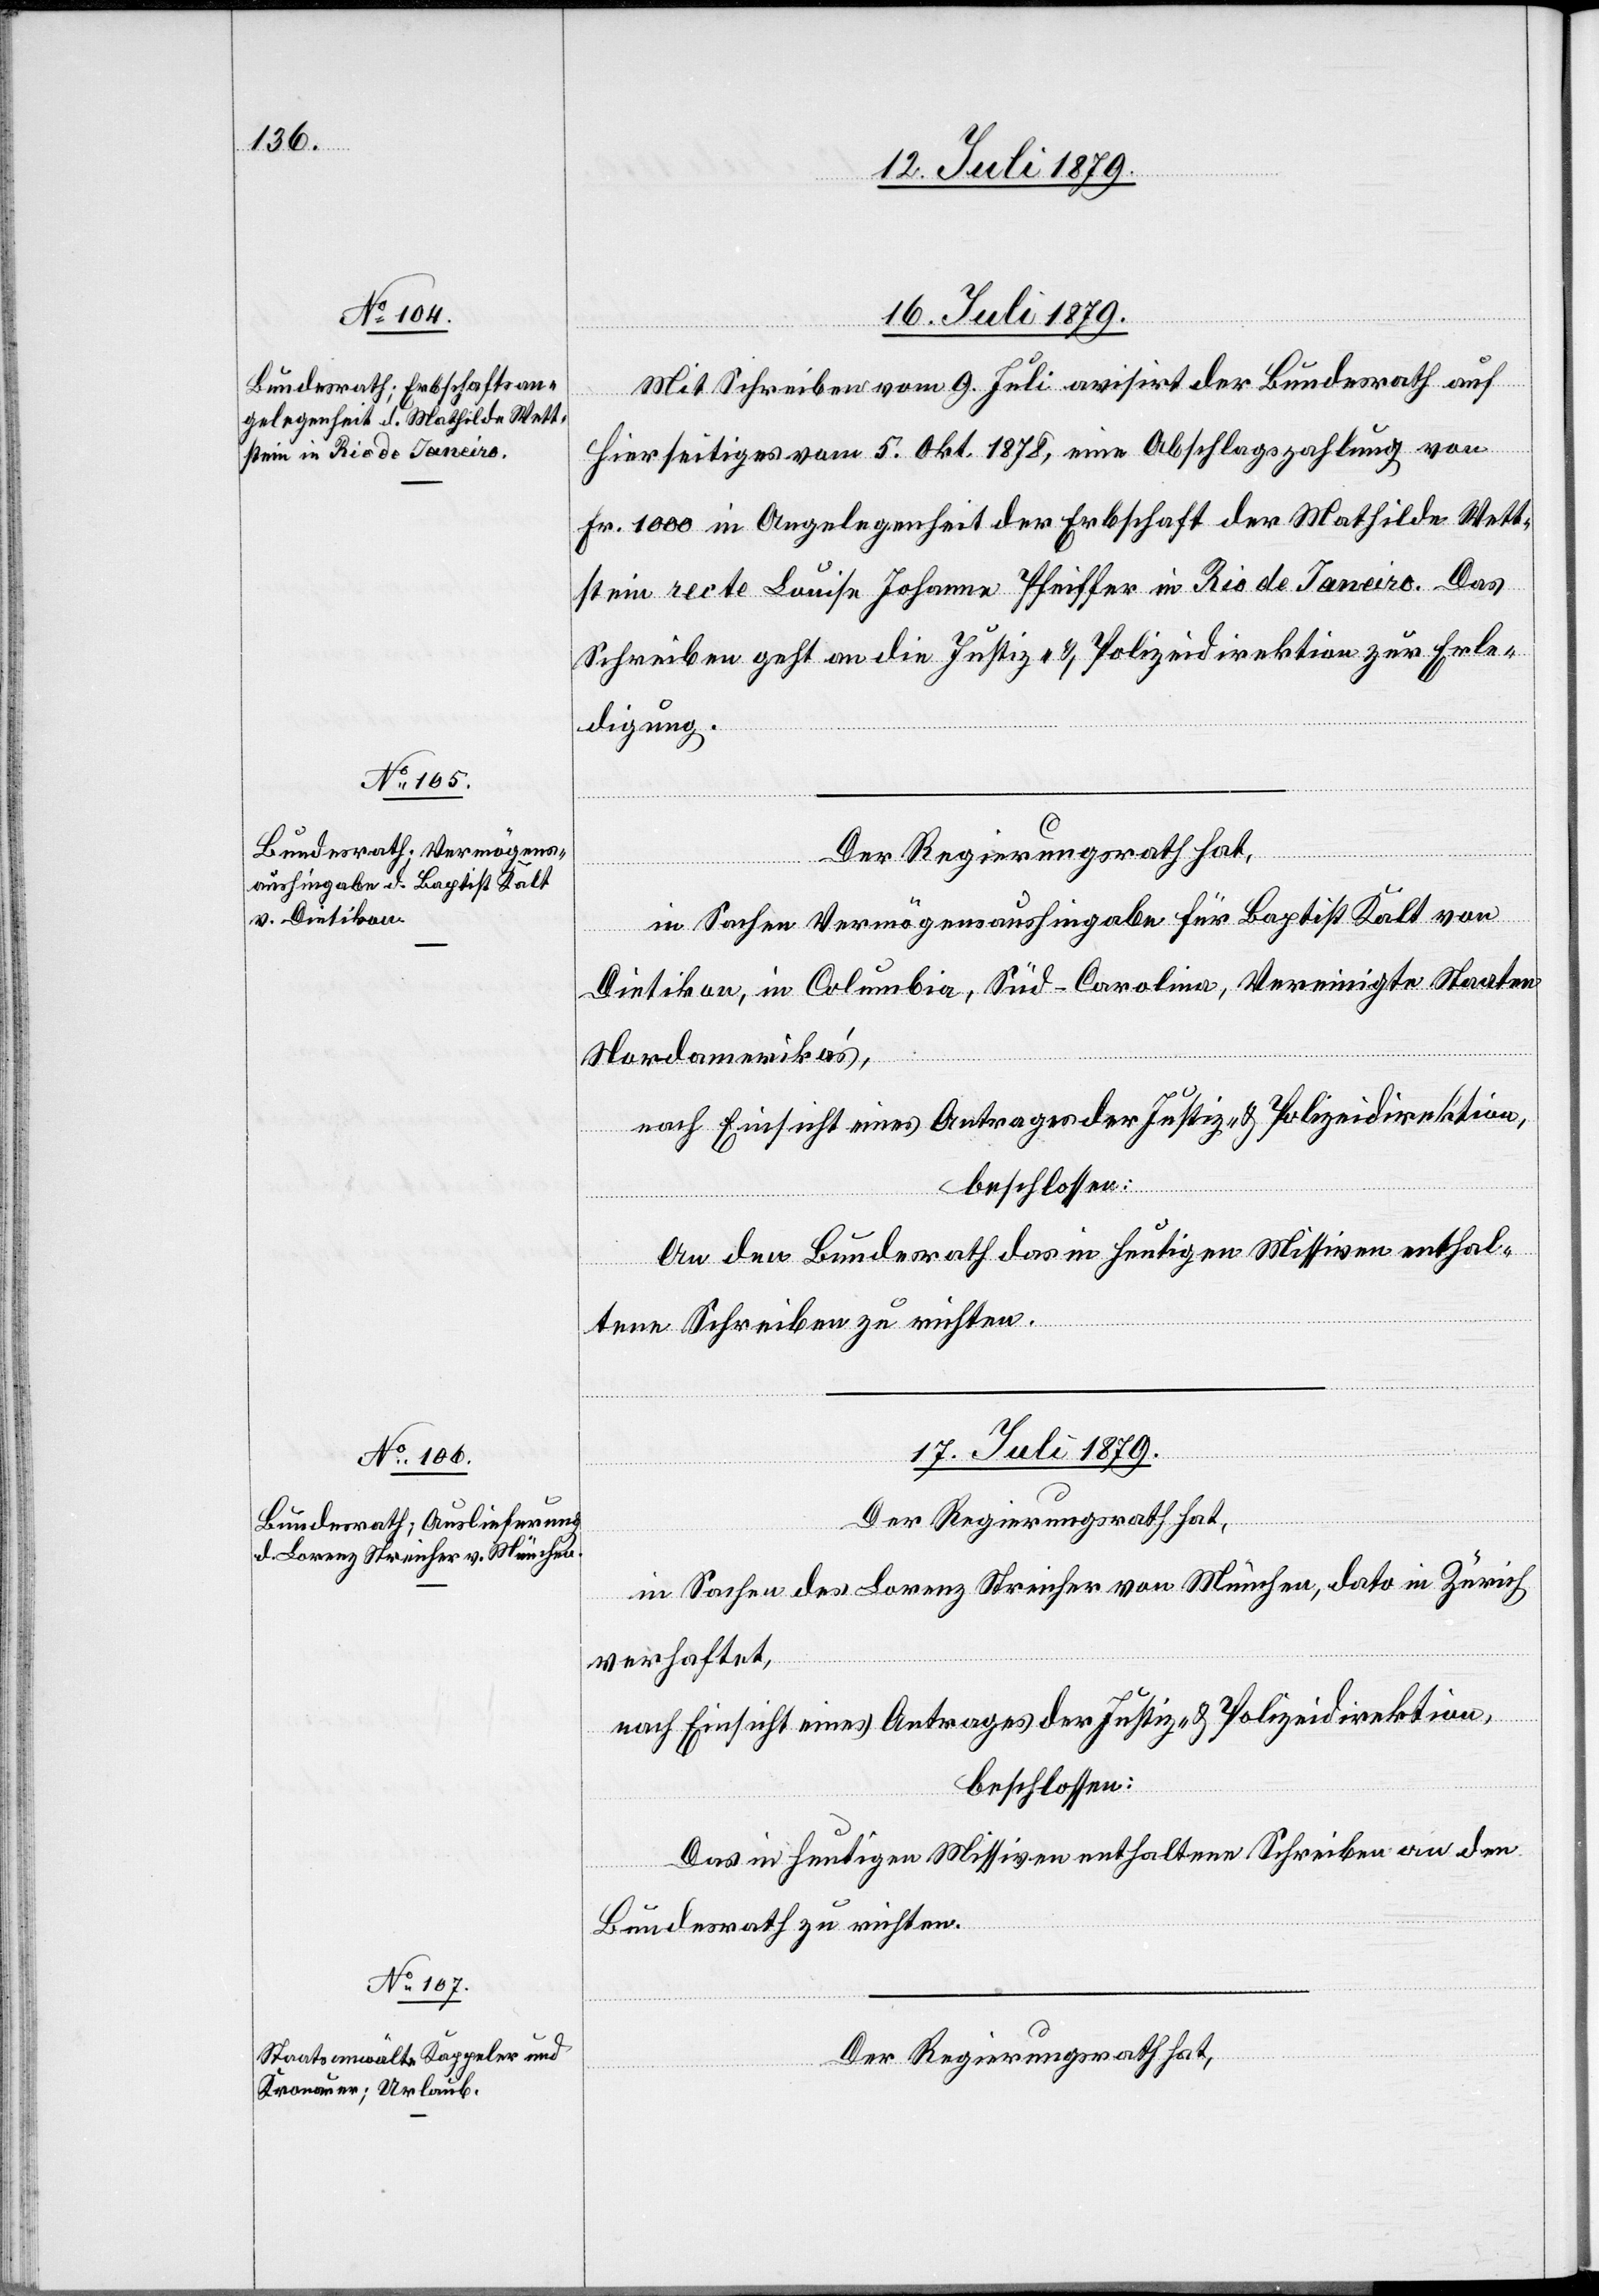
17. Juli 1879.]
Mit Schreiben vom 9. Juli avisirt der Bundesrath auf
en.
Hierseitiges vom 5. Okt. 1878, eine Abschlagszahlung von
Fr. 1000 in Angelegenheit der Erbschaft der Mathilde Wett¬
stein recte Louise Johanne Pfeiffer in Rio de Janeiro. Das
Schreiben geht an die Justiz- & Polizeidirektion zur Erle¬
digung.
Der Regierungsrath hat,
in Sachen Vermögensaushingabe für Baptist Kalt von
Dietikon, in Columbia, Süd-Carolina, Vereinigte Staaten
al-Verfügung¬
Nordamerika’s,
nach Einsicht eines Antrages der Justiz- & Polizeidirektion,
beschlossen:
An den Bundesrath das in heutigen Missiven enthal¬
tene Schreiben zu richten.
Der Regierungsrath hat,
in Sachen des Lorenz Streicher von München, dato in Zürich
verhaftet,
nach Einsicht eines Antrages der Justiz- & Polizeidirektion,
beschlossen:
Das in heutigen Missiven enthaltene Schreiben an den
Bundesrath zu richten.
Der Regierungsrath hat,